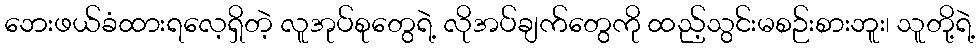
ဘေးဖယ်ခံထားရလေ့ရှိတဲ့ လူအုပ်စုတွေရဲ့ လိုအပ်ချက်တွေကို ထည့်သွင်းမစဉ်းစားဘူး၊ သူတို့ရဲ့